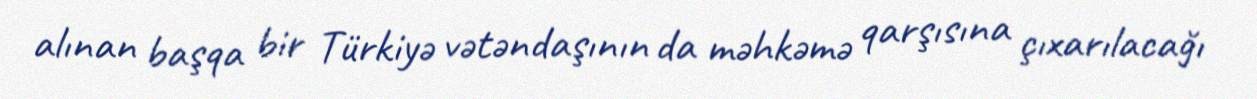
alınan başqa bir Türkiyə vətəndaşının da məhkəmə qarşısına çıxarılacağı